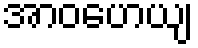
အာဝဟေယျ